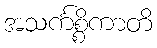
အသင်္ကစ္စိကာတိ